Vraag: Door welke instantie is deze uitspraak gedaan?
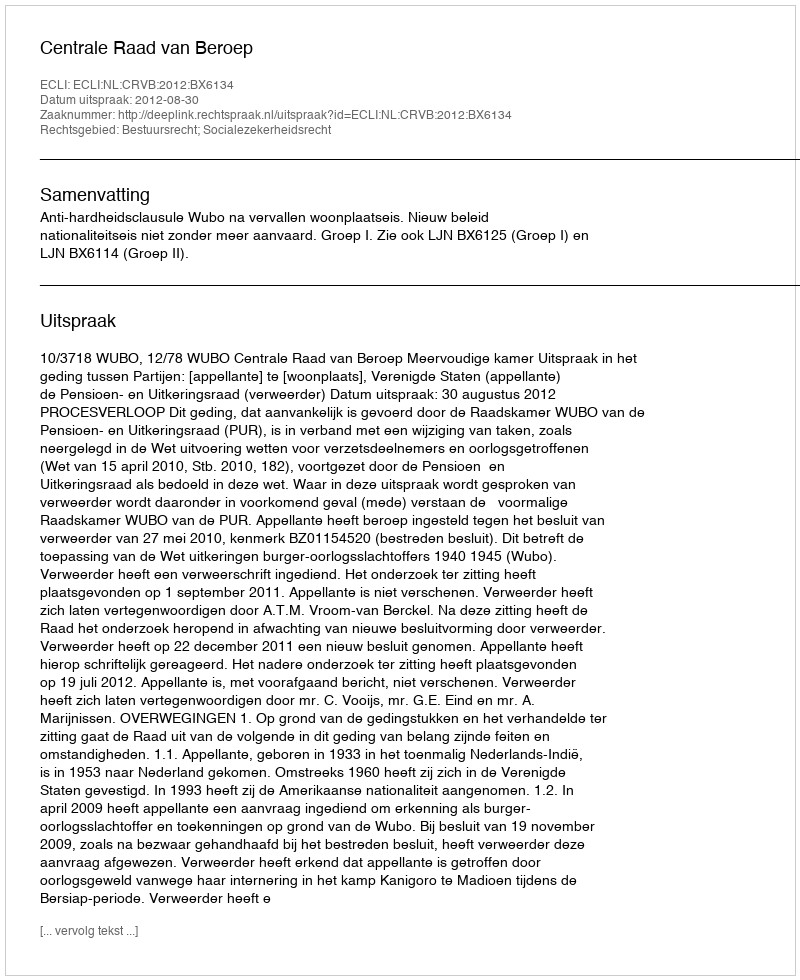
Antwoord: Centrale Raad van Beroep